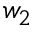
w _ { 2 }